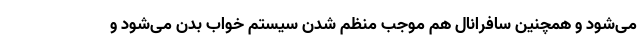
می‌شود و همچنین سافرانال هم موجب منظم شدن سیستم خواب بدن می‌شود و